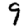
Digit: 9